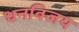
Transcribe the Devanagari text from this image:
धनविजय